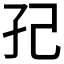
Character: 𭒼